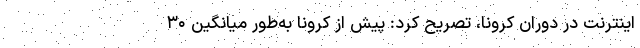
اینترنت در دوران کرونا، تصریح کرد: پیش از کرونا به‌طور میانگین ۳۰